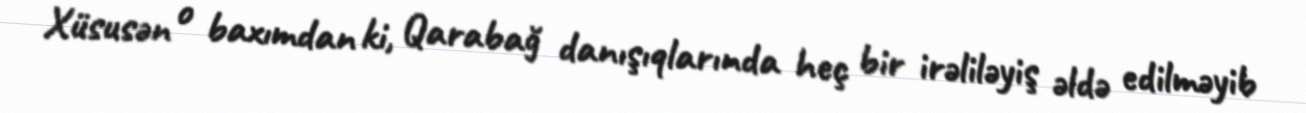
Xüsusən o baxımdan ki, Qarabağ danışıqlarında heç bir irəliləyiş əldə edilməyib